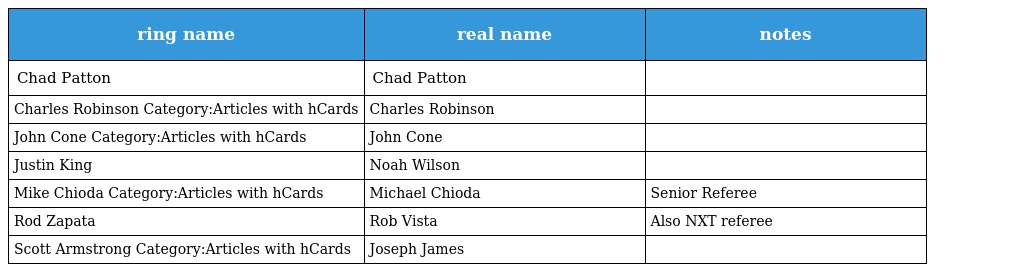
| ring name | real name | notes |
 | --- | --- | --- |
 | Chad Patton | Chad Patton |  |
 | Charles Robinson Category:Articles with hCards | Charles Robinson |  |
 | John Cone Category:Articles with hCards | John Cone |  |
 | Justin King | Noah Wilson |  |
 | Mike Chioda Category:Articles with hCards | Michael Chioda | Senior Referee |
 | Rod Zapata | Rob Vista | Also NXT referee |
 | Scott Armstrong Category:Articles with hCards | Joseph James |  |